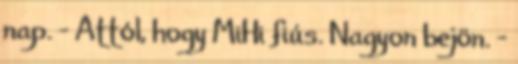
nap. - Attól, hogy MiHi fiús. Nagyon bejön. -